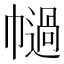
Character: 𢅗